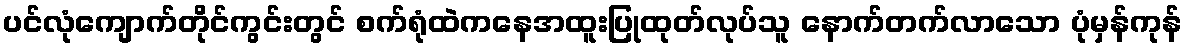
ပင်လုံကျောက်တိုင်ကွင်းတွင် စက်ရုံထဲကနေအထူးပြုထုတ်လုပ်သူ နောက်တက်လာသော ပုံမှန်ကုန်